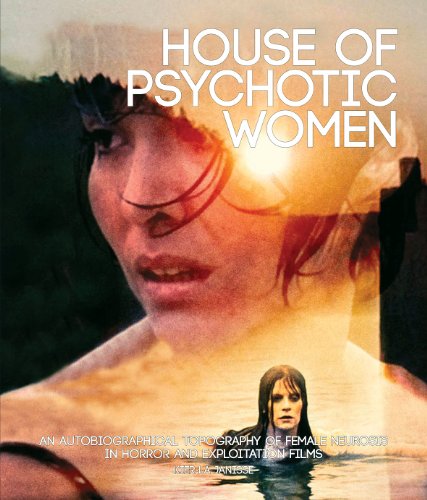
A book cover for House of Psychotic Women: An Autobiographical Topography of Female Neurosis in Horror and Exploitation Films; Kier-La Janisse; Biographies & Memoirs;